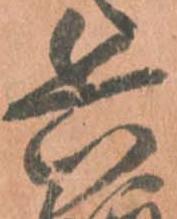
兵